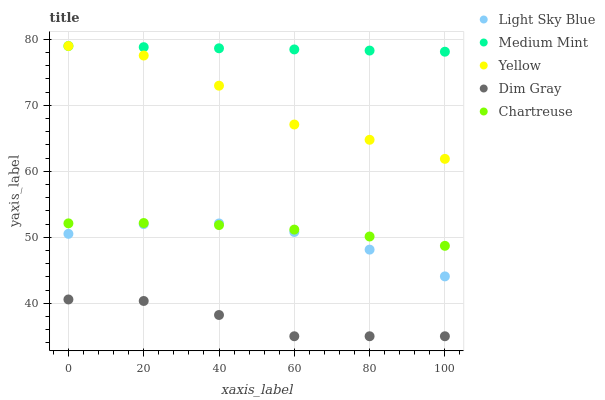
| xaxis_label | Light Sky Blue | Medium Mint | Yellow | Dim Gray | Chartreuse |
 | --- | --- | --- | --- | --- | --- |
 | 0 | 50.5 | 79 | 79 | 40.6 | 52.1 |
 | 20 | 52 | 78.8 | 77.6 | 40.3 | 52.2 |
 | 40 | 52.1 | 78.7 | 73 | 38.2 | 51.9 |
 | 60 | 50.8 | 78.5 | 67.1 | 35 | 51.2 |
 | 80 | 48.1 | 78.3 | 64.8 | 35 | 50.1 |
 | 100 | 44.1 | 78.1 | 61.9 | 35 | 48.7 |